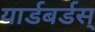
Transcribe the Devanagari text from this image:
यार्डबर्डस्